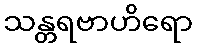
သန္တရဗာဟိရော